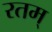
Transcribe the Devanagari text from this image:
रतम्